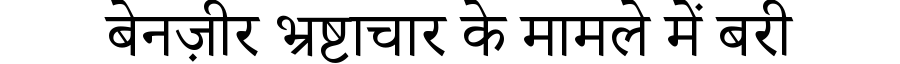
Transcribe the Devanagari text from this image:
बेनज़ीर भ्रष्टाचार के मामले में बरी